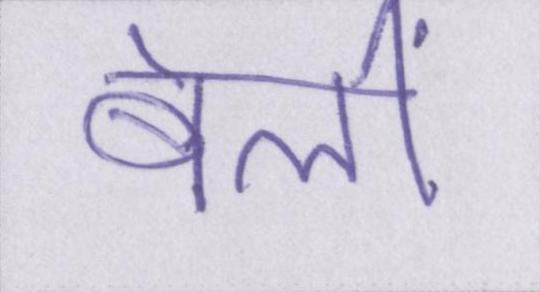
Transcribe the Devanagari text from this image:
बेलीं